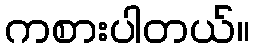
ကစားပါတယ်။